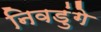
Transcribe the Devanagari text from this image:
निवडुंगे